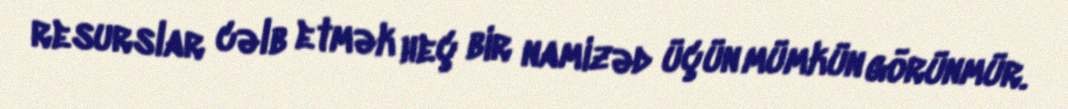
resurslar cəlb etmək heç bir namizəd üçün mümkün görünmür.